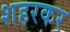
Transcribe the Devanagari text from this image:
शहरकर